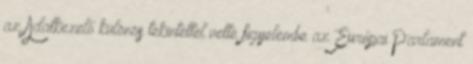
az Adatkezelő különös tekintettel vette figyelembe az Európai Parlament